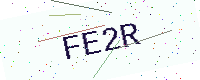
Text: FE2R